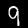
Digit: 9